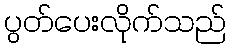
ပွတ်ပေးလိုက်သည်